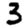
Digit: 3